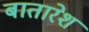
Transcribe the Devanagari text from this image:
बातारेश